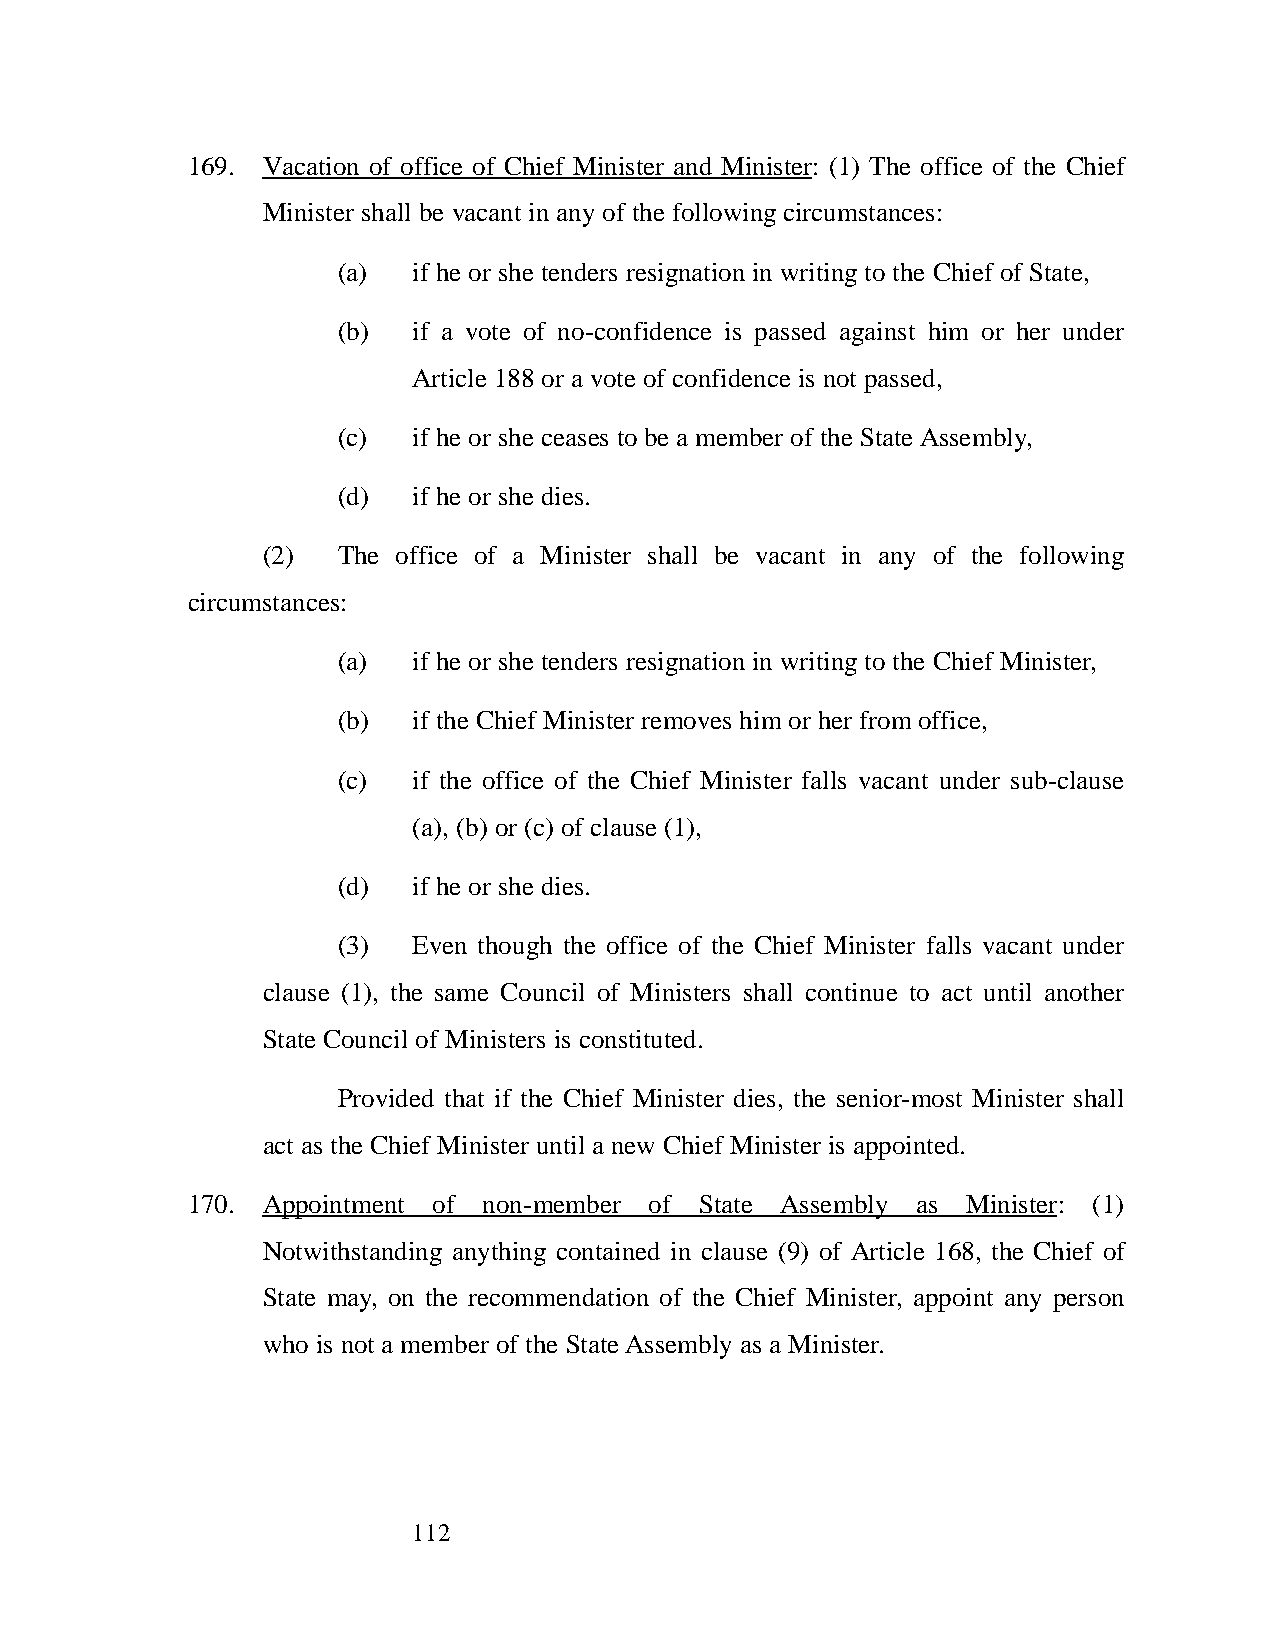
169. Vacation of office of Chief Minister and Minister: (1) The office of the Chief
 Minister shall be vacant in any of the following circumstances:
 (a)  if he or she tenders resignation in writing to the Chief of State,
 (b)  if a vote of no-confidence is passed against him or her under
 Article 188 or a vote of confidence is not passed,
 (c)  if he or she ceases to be a member of the State Assembly,
 (d)  if he or she dies.
 (2)  The office of a Minister shall be vacant in any of the following
 circumstances:
 (a)  if he or she tenders resignation in writing to the Chief Minister,
 (b)  if the Chief Minister removes him or her from office,
 (c)  if the office of the Chief Minister falls vacant under sub-clause
 (a), (b) or (c) of clause (1),
 (d)  if he or she dies.
 (3)  Even though the office of the Chief Minister falls vacant under
 clause (1), the same Council of Ministers shall continue to act until another
 State Council of Ministers is constituted.
 Provided that if the Chief Minister dies, the senior-most Minister shall
 act as the Chief Minister until a new Chief Minister is appointed.
 170. Appointment of non-member of State Assembly as Minister: (1)
 Notwithstanding anything contained in clause (9) of Article 168, the Chief of
 State may, on the recommendation of the Chief Minister, appoint any person
 who is not a member of the State Assembly as a Minister.
 112